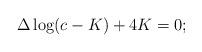
LaTeX: \begin{align*}\Delta\log(c-K)+4K=0;\end{align*}